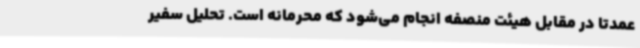
عمدتا در مقابل هیئت منصفه انجام می‌شود که محرمانه است. تحلیل سفیر